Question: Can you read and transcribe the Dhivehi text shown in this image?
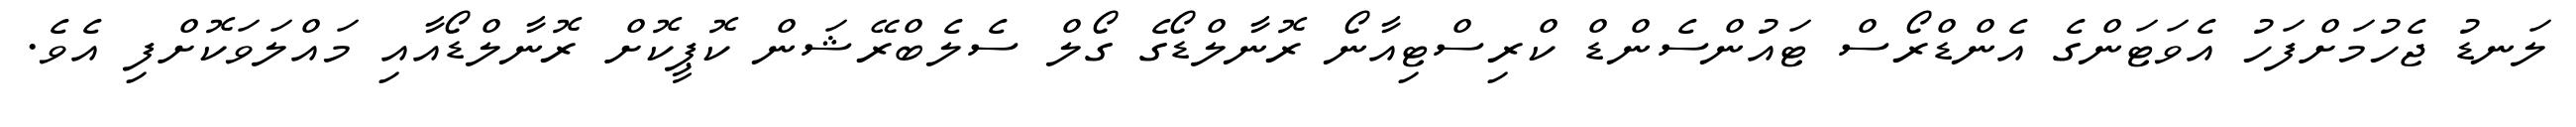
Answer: ލަނޑު ޖެހުމަށްފަހު އެވަޓަންގެ އެންޑްރޯސް ޓައުންސެންޑް ކްރިސްޓިއާނޯ ރޮނާލްޑޯގެ ގޯލް ސެލެބްރޭޝަން ކޮޕީކޮށް ރޮނާލްޑޯއާއި މައްލަވަކޮށްފި އެވެ.